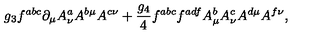
g _ { 3 } f ^ { a b c } \partial _ { \mu } A _ { \nu } ^ { a } A ^ { b \mu } A ^ { c \nu } + { \frac { g _ { 4 } } { 4 } } f ^ { a b c } f ^ { a d f } A _ { \mu } ^ { b } A _ { \nu } ^ { c } A ^ { d \mu } A ^ { f \nu } ,